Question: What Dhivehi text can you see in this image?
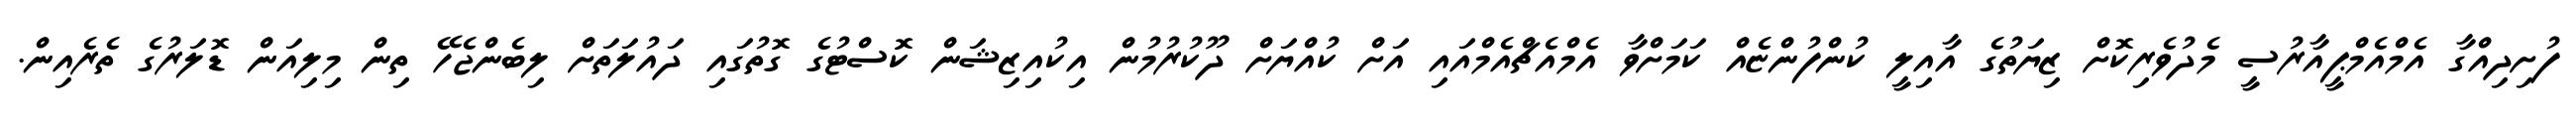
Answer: ފުށިދިއްގާ އެމްއެމްޕީއާރުސީ މެދުވެރިކޮށް ޒިޔަތުގެ އާއިލީ ކުންފުންޏެއް ކަމަށްވާ އެމްއެޗްއެމްއައި އަށް ކުއްޔަށް ދޫކުރުމުން އިކުއިޒިޝަން ކޮސްޓުގެ ގޮތުގައި ދައުލަތަށް ލިބެންޖެހޭ ތިން މިލިއަން ޑޮލަރުގެ ތެރެއިން.